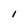
Character: 1